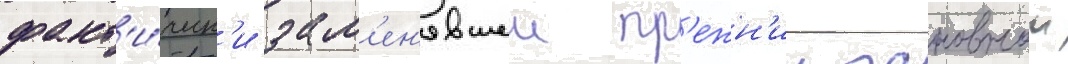
факт'и́ческ'и зам'ен'явшеи пр'ежн'ии основнои